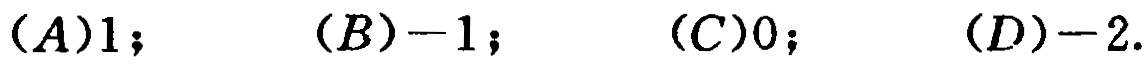
$(A)1; \quad (B)-1; \quad (C)0; \quad (D)-2.$